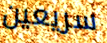
سريعين